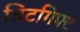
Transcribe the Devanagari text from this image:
विटगिफ्ट